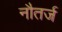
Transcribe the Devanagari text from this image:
नौतर्ज